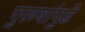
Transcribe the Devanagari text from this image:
पुरूषांपुढे